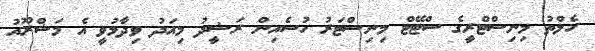
ހެލްތު މިނިސްޓްރީގެ ސްޓޭޓް މިނިސްޓަރު ހުސެއިން ރަޝީދު މިއަދު ވިދާޅުވީ އެ މަޝްރޫއު